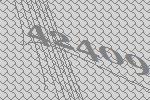
42409